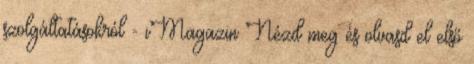
szolgáltatásokról - iMagazin Nézd meg és olvasd el első